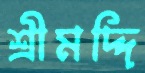
শ্রীমদ্দি